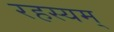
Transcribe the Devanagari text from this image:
रहस्यम्